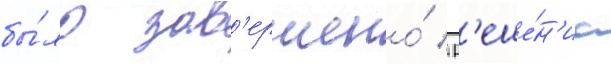
бы́ло зав'ершено́ / р'еше́н'иа